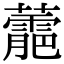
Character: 蘎